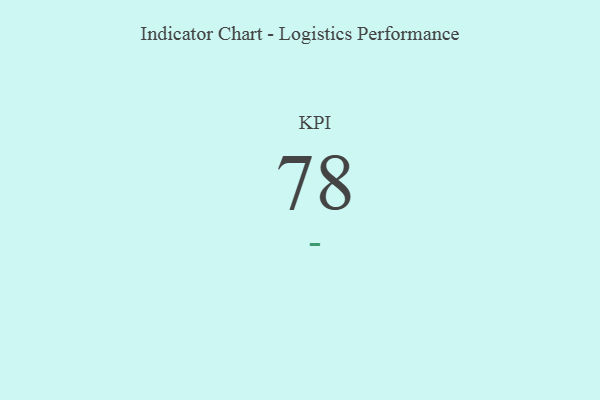
{"axis": {"x": "KPI", "y": "Value"}, "legend": [""], "data": [{"x": "KPI", "y": 78, "type": ""}]}